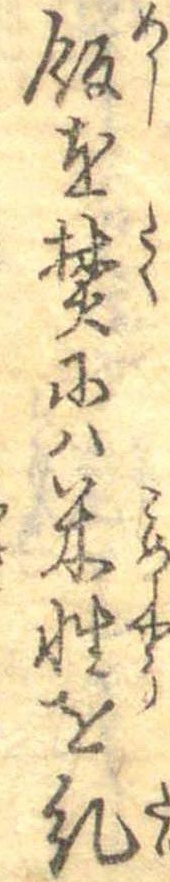
飯を焚には米性を糺